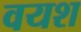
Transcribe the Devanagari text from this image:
वयश